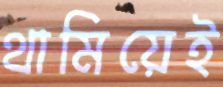
থামিয়েই